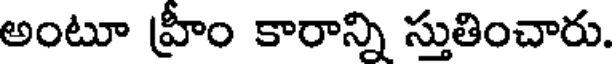
అంటూ హ్రీం కారాన్ని స్తుతించారు.